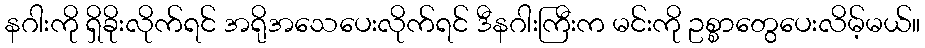
နဂါးကို ရှိခိုးလိုက်ရင် အရိုအသေပေးလိုက်ရင် ဒီနဂါးကြီးက မင်းကို ဥစ္စာတွေပေးလိမ့်မယ်။